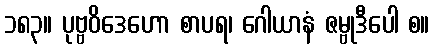
၁၈၃။ ပုဗ္ဗဝိဒေဟော စာပရ၊ ဂေါယာနံ ဇမ္ဗုဒီပေါ စ။